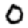
Digit: 0